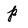
Character: p